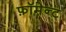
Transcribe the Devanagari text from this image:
फ़ॉमेन्ट